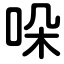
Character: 哚